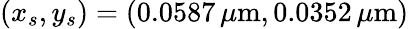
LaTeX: (x_{s},y_{s})=(0.0587\, \mu\mathrm{m},0.0352\, \mu\mathrm{m})